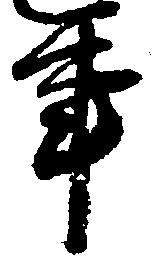
事